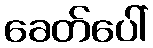
ခေတ်ပေါ်